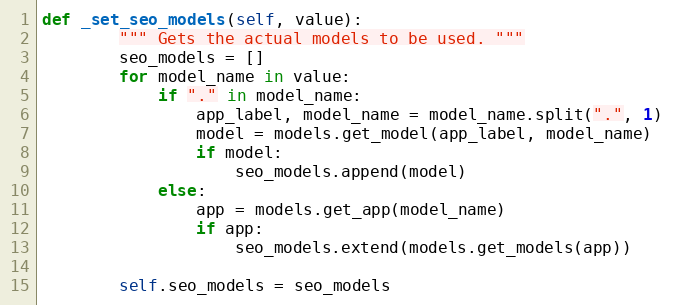
Language: Python
def _set_seo_models(self, value):
        """ Gets the actual models to be used. """
        seo_models = []
        for model_name in value:
            if "." in model_name:
                app_label, model_name = model_name.split(".", 1)
                model = models.get_model(app_label, model_name)
                if model:
                    seo_models.append(model)
            else:
                app = models.get_app(model_name)
                if app:
                    seo_models.extend(models.get_models(app))

        self.seo_models = seo_models